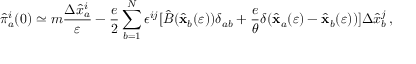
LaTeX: { \hat { \pi } } _ { a } ^ { i } ( 0 ) \simeq m { \frac { \Delta { \hat { x } } _ { a } ^ { i } } { \varepsilon } } - { \frac { e } { 2 } } \sum _ { b = 1 } ^ { N } \epsilon ^ { i j } [ { \hat { B } } ( { \hat { \bf x } } _ { b } ( \varepsilon ) ) \delta _ { a b } + { \frac { e } { \theta } } \delta ( { \hat { \bf x } } _ { a } ( \varepsilon ) - { \hat { \bf x } } _ { b } ( \varepsilon ) ) ] \Delta { \hat { x } } _ { b } ^ { j } \, ,